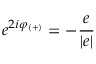
e ^ { 2 i \varphi _ { ( + ) } } = - \frac { e } { | e | }